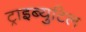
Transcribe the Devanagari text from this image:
ट्राइब्युटिल